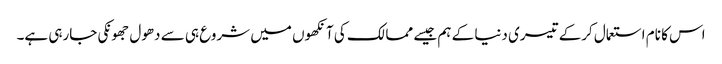
اس کا نام استعمال کرکے تیسری دنیا کے ہم جیسے ممالک کی آنکھوں میں شروع ہی سے دھول جھونکی جارہی ہے۔